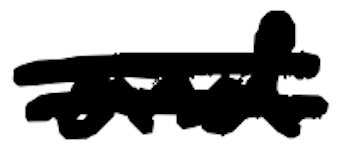
Text: and
Cross-out: double-line
Writing tool: digital_black